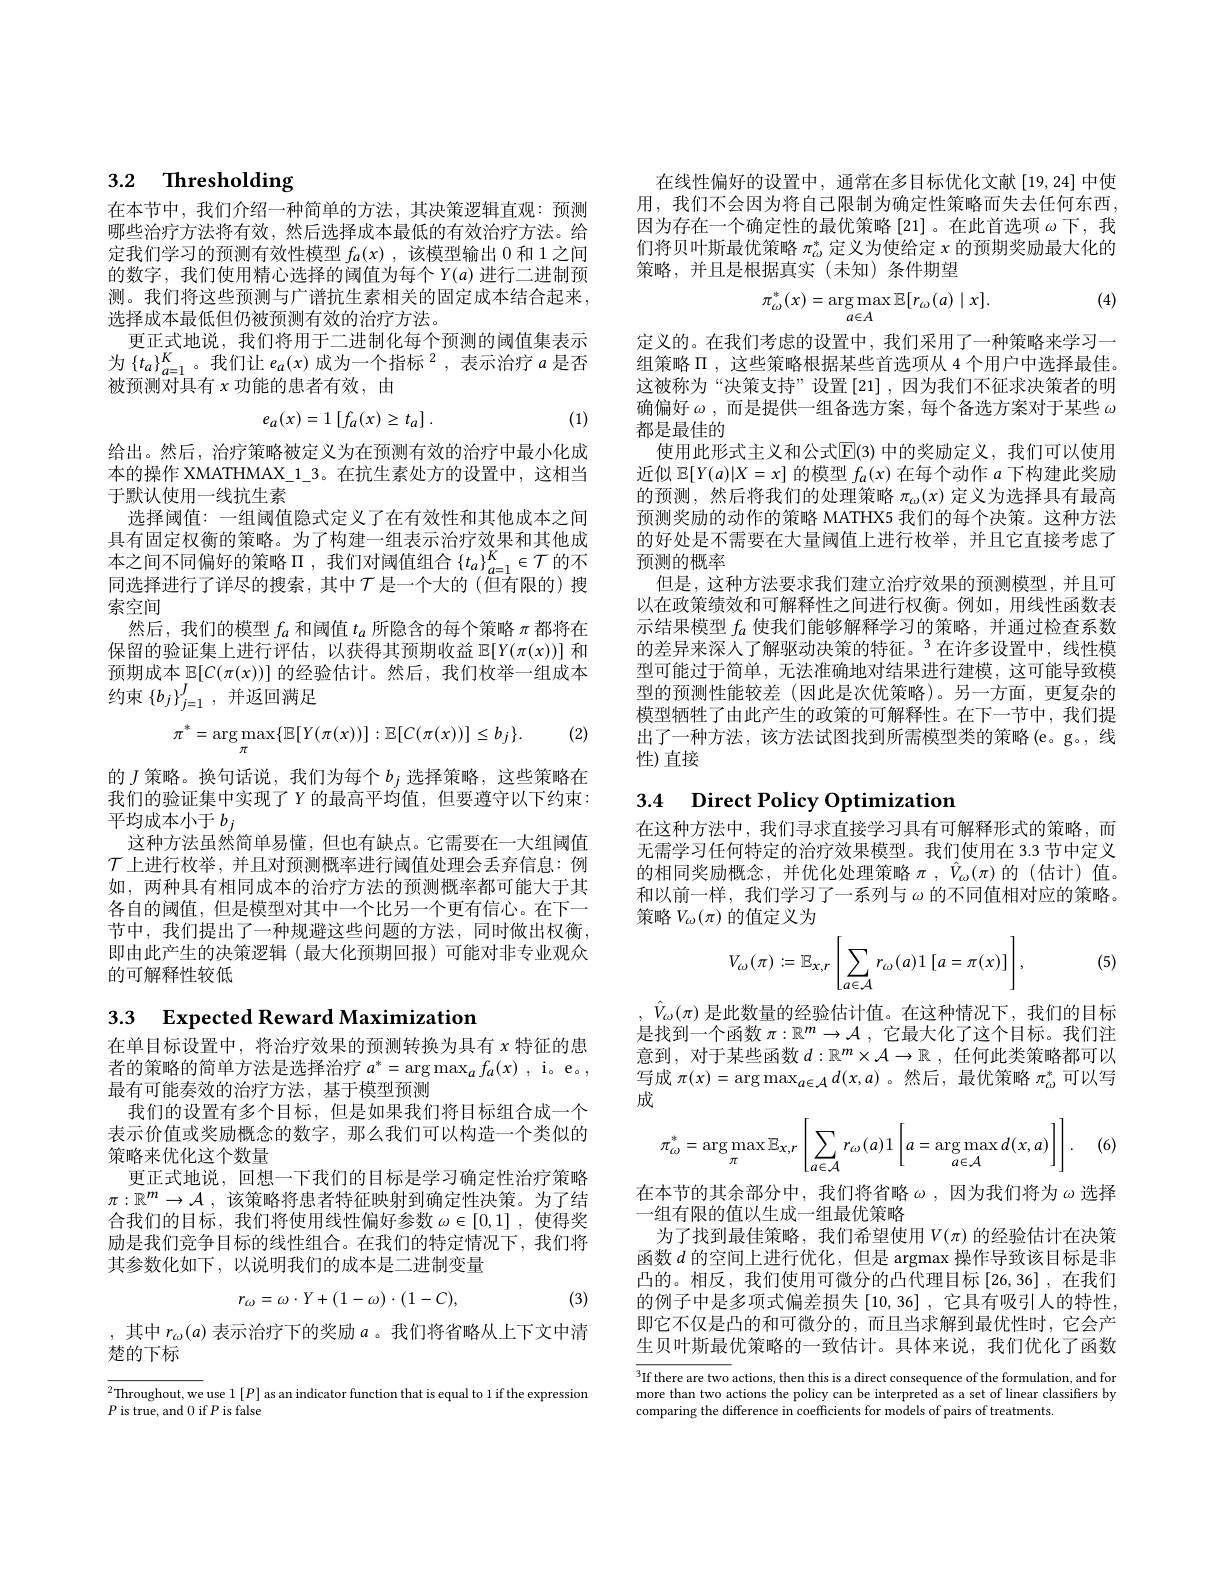
# 3.2 $\textbf{Thresholding}$

在本节中，我们介绍一种简单的方法，其决策逻辑直观：预测哪些治疗方法将有效，然后选择成本最低的有效治疗方法。给定我们学习的预测有效性模型$f_a(x)$,该模型输出 0 和 1之间的数字，我们使用精心选择的阈值为每个$Y(a)$进行二进制预测。我们将这些预测与广谱抗生素相关的固定成本结合起来， 选择成本最低但仍被预测有效的治疗方法。
更正式地说，我们将用于二进制化每个预测的阈值集表示为$\{t_a\}_{a=1}^K$。我们让$e_a(x)\text{成为一个指标}^2$,表示治疗$a$是否被预测对具有$x$功能的患者有效，由
$$e_a(x)=1\left[f_a(x)\geq t_a\right].$$
(1)

给出。然后，治疗策略被定义为在预测有效的治疗中最小化成本的操作 XMATHMAX\_1\_3。在抗生素处方的设置中，这相当于默认使用一线抗生素
选择阈值：一组阈值隐式定义了在有效性和其他成本之间具有固定权衡的策略。为了构建一组表示治疗效果和其他成本之间不同偏好的策略$\Pi$ ,我们对阈值组合$\{t_a\}_a=1^K\in\mathcal{T}$的不同选择进行了详尽的搜索，其中$\mathcal{T}$是一个大的(但有限的)搜索空间
然后，我们的模型$f_a$和阈值$t_a$所隐含的每个策略$\pi$都将在保留的验证集上进行评估，以获得其预期收益$\mathbb{E}[Y(\pi(x))]$和预期成本$\mathbb{E}[C(\pi(x))]$ 的经验估计。然后，我们枚举一组成本约束$\{b_j\}_{j=1}^J$,并返回满足
$$\pi^*=\arg\max_\pi\{\mathbb{E}[Y(\pi(x))]:\mathbb{E}[C(\pi(x))]\leq b_j\}.$$
(2)

的$J$策略。换句话说，我们为每个$b_j$选择策略，这些策略在我们的验证集中实现了$Y$ 的最高平均值，但要遵守以下约束： 平均成本小于$b_j$
这种方法虽然简单易懂，但也有缺点。它需要在一大组阈值$\mathcal{T}$上进行枚举，并且对预测概率进行阈值处理会丢弃信息：例如，两种具有相同成本的治疗方法的预测概率都可能大于其各自的阈值，但是模型对其中一个比另一个更有信心。在下一节中，我们提出了一种规避这些问题的方法，同时做出权衡即由此产生的决策逻辑(最大化预期回报)可能对非专业观众的可解释性较低

## 3.3 Expected Reward Maximization

在单目标设置中，将治疗效果的预测转换为具有$x$特征的患者的策略的简单方法是选择治疗$a^*=\arg\max_af_a(x)$, i。e。, 最有可能奏效的治疗方法，基于模型预测
我们的设置有多个目标，但是如果我们将目标组合成一个表示价值或奖励概念的数字，那么我们可以构造一个类似的策略来优化这个数量
更正式地说，回想一下我们的目标是学习确定性治疗策略$\pi:\mathbb{R}^m\to\mathcal{A}$,该策略将患者特征映射到确定性决策。为了结合我们的目标，我们将使用线性偏好参数$\omega\in[0,1]$ ,使得奖励是我们竞争目标的线性组合。在我们的特定情况下，我们将其参数化如下，以说明我们的成本是二进制变量
$$r_\omega=\omega\cdot Y+(1-\omega)\cdot(1-C),$$
(3)

,其中$r_\omega(a)$表示治疗下的奖励$a$ 。我们将省略从上下文中清
楚的下标

$\overline {{^2\text{Throughout, we}}}$use l$\left [ P\right ]$as an indicator function that is equal to 1 if the expression $p$ in trua ond 0 if $p$ if alco
$P$ is true, and 0 if $P$ is false

在线性偏好的设置中，通常在多目标优化文献[19,24]中使用，我们不会因为将自己限制为确定性策略而失去任何东西， 因为存在一个确定性的最优策略 [21]。在此首选项 $\omega$下，我们将贝叶斯最优策略$\pi_\omega^*$定义为使给定$x$的预期奖励最大化的策略，并且是根据真实(未知)条件期望

(4)
$$\pi_{\omega}^{*}(x)=\arg\max_{a\in A}\mathbb{E}[r_{\omega}(a)\mid x].$$
定义的。在我们考虑的设置中，我们采用了一种策略来学习一组策略$\Pi$,这些策略根据某些首选项从 4 个用户中选择最佳。这被称为“决策支持”设置[21],因为我们不征求决策者的明确偏好$\omega$,而是提供一组备选方案，每个备选方案对于某些$\omega$ 都是最佳的
使用此形式主义和公式$\mathbb{E}(3)$ 中的奖励定义，我们可以使用近似$\mathbb{E}[Y(a)|X=x]$的模型$f_a(x)$在每个动作$a$下构建此奖励的预测，然后将我们的处理策略$\pi_\omega(x)$定义为选择具有最高预测奖励的动作的策略 MATHX5 我们的每个决策。这种方法的好处是不需要在大量阈值上进行枚举，并且它直接考虑了预测的概率
但是，这种方法要求我们建立治疗效果的预测模型，并且可以在政策绩效和可解释性之间进行权衡。例如，用线性函数表示结果模型$f_a$使我们能够解释学习的策略，并通过检查系数的差异来深人了解驱动决策的特征。$^{3}$在许多设置中，线性模型可能过于简单，无法准确地对结果进行建模，这可能导致模型的预测性能较差 (因此是次优策略)。另一方面，更复杂的模型牺牲了由此产生的政策的可解释性。在下一节中，我们提出了一种方法，该方法试图找到所需模型类的策略(e。g。,线性)直接

# 3.4 Direct Policy Optimization

在这种方法中，我们寻求直接学习具有可解释形式的策略，而无需学习任何特定的治疗效果模型。我们使用在 3.3 节中定义的相同奖励概念，并优化处理策略$\pi,\hat{V}_\omega(\pi)$的(估计)值。和以前一样，我们学习了一系列与$\omega$的不同值相对应的策略。策略$V_\omega(\pi)$ 的值定义为

|, (5)
$$V_\omega(\pi):=\mathbb{E}_{x,r}\left[\sum_{a\in\mathcal{A}}r_\omega(a)1\left[a=\pi(x)\right]\right],$$
$\hat{V}_\omega(\pi)$是此数量的经验估计值。在这种情况下，我们的目标是找到一个函数$\pi:\mathbb{R}^m\to\mathcal{A}$,它最大化了这个目标。我们注意到，对于某些函数$d:\mathbb{R}^m\times\mathcal{A}\to\mathbb{R}$ ,任何此类策略都可以写成$\pi(x)=\arg\max_{a\in\mathcal{A}}d(x,a)$ 。然后，最优策略$\pi_\omega^*$可以写成

(6)
$$\pi_\omega^*=\arg\max_\pi\mathbb{E}_{x,r}\left[\sum_{a\in\mathcal{A}}r_\omega(a)1\left[a=\arg\max_{a\in\mathcal{A}}d(x,a)\right]\right].$$
在本节的其余部分中，我们将省略$\omega$,因为我们将为$\omega$选择
一组有限的值以生成一组最优策略
为了找到最佳策略，我们希望使用$V(\pi)$ 的经验估计在决策函数$d$的空间上进行优化，但是 argmax 操作导致该目标是非凸的。相反，我们使用可微分的凸代理目标[26,36] ,在我们的例子中是多项式偏差损失[10,36] ,它具有吸引人的特性， 即它不仅是凸的和可微分的，而且当求解到最优性时，它会产生贝叶斯最优策略的一致估计。具体来说，我们优化了函数

$\overline{^3\text{If there are two actions, then this is a direct consequence of the formulation, and for}}$ more than two actions the policy can be interpreted as a set of linear classifiers by comparing the difference in coefficients for models of pairs of treatments